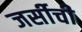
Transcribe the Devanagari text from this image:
जर्सीची